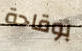
بوقاحة